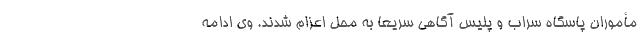
مأموران پاسگاه سراب و پلیس آگاهی سریعاً به محل اعزام شدند. وی ادامه